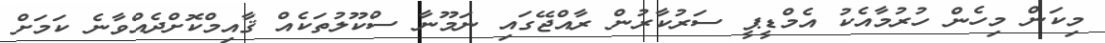
މިކަން މިހެން ހުރުމާއެކު އެމްޑީޕީ ސަރުކާރުން ރާއްޖޭގައި ނަމޫނާ ސްކޫލުތަކެއް ޤާއިމްކޮށްދެއްވާނެ ކަމަށް